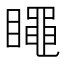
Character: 𥋝